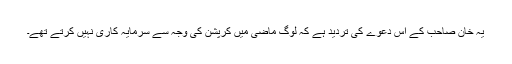
یہ خان صاحب کے اس دعوے کی تردید ہے کہ لوگ ماضی میں کرپشن کی وجہ سے سرمایہ کاری نہیں کرتے تھے۔